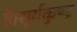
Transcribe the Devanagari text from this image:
है।सूर्यकुण्ड